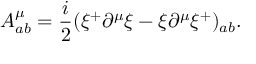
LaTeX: A _ { a b } ^ { \mu } = \frac { i } { 2 } ( \xi ^ { + } \partial ^ { \mu } \xi - \xi \partial ^ { \mu } \xi ^ { + } ) _ { a b } .